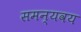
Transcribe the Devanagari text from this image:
समन्यवय